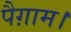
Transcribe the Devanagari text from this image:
पैग़ाम।